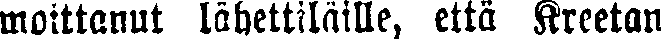
maittanut lähettiläille, että Kreetan